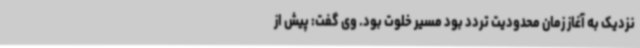
نزدیک به آغاز زمان محدودیت تردد بود مسیر خلوت بود. وی گفت: پیش از